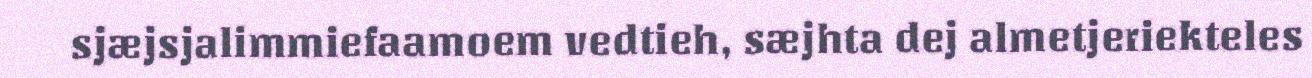
sjæjsjalimmiefaamoem vedtieh, sæjhta dej almetjeriekteles